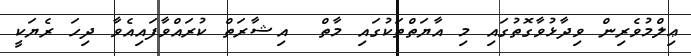
ޢިލްމުވެރިން ވިދާޅުވާގޮތުގައި މި އާޔަތްތަކުގައި މާތް  އިޝާރަތް ކުރައްވާފައިއެވާ ދިހަ ރެޔަކީ